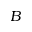
B